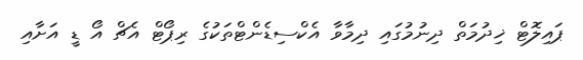
ޕައިލޮޓް ޚިދުމަތް ދިނުމުގައި ދިމާވާ އެކްސިޑެންޓްތަކުގެ ރިޕޯޓް އެޗް އޯ ޑީ އަށާއި